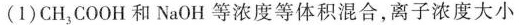
(1) CH_{3}COOH 和 NaOH 等浓度等体积混合，离子浓度大小